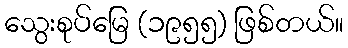
သွေးစုပ်မြေ (၁၉၅၅) ဖြစ်တယ်။